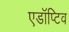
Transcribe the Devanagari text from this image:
एडॉप्टिव